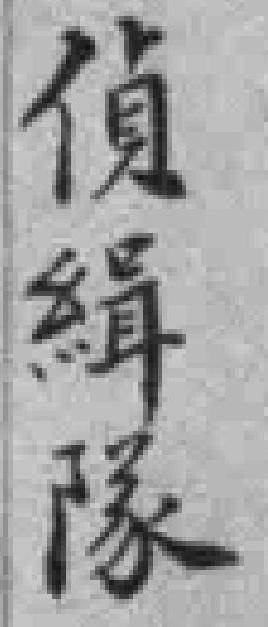
偵緝隊